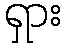
ရှား